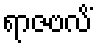
ရာဇဗလိံ